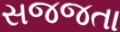
સજજતા